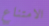
الامتناع